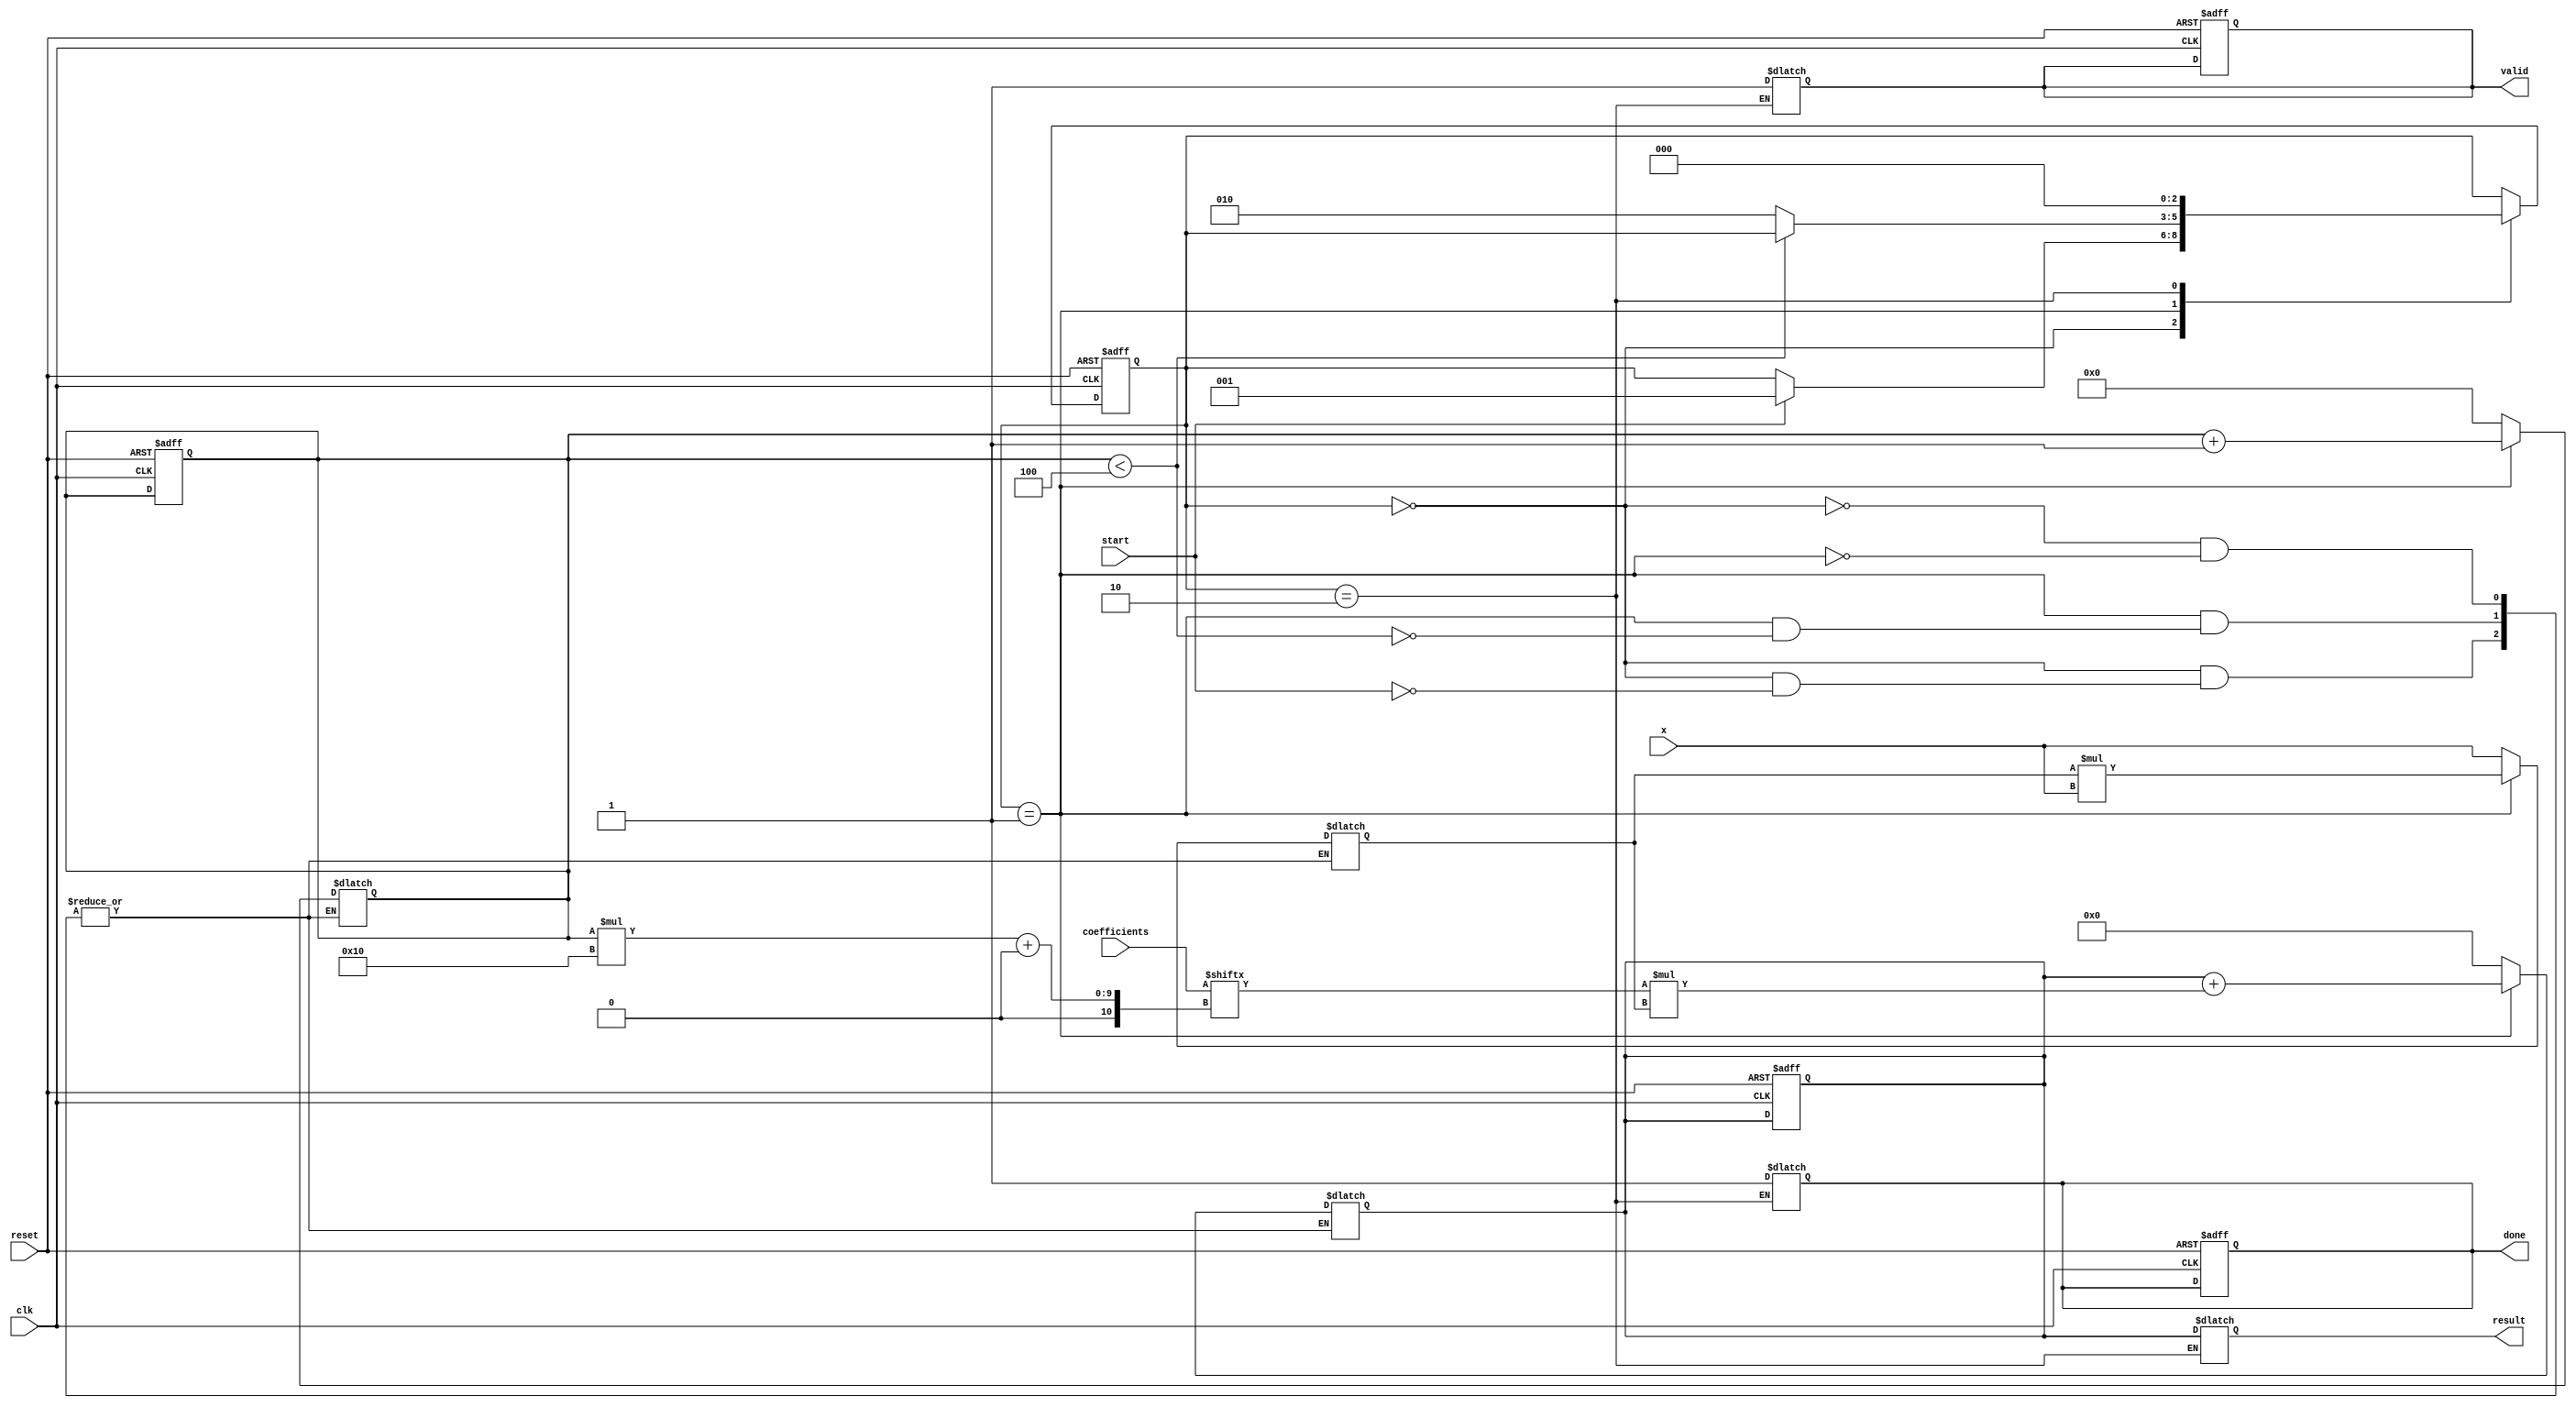
module cordic_polynomial_evaluator #(
    parameter COEFF_WIDTH = 16, // Width of coefficient representation
    parameter X_WIDTH = 16,      // Width of input x representation
    parameter RESULT_WIDTH = 32, // Width of result representation
    parameter N = 4              // Degree of polynomial (n)
)(
    input wire clk,
    input wire reset,
    input wire start,
    input wire [X_WIDTH-1:0] x,
    input wire [N*COEFF_WIDTH-1:0] coefficients, // Coefficients packed in a single vector
    output reg [RESULT_WIDTH-1:0] result,
    output reg valid,
    output reg done
);

    // Internal signals
    reg [RESULT_WIDTH-1:0] polynomial_sum;
    reg [X_WIDTH-1:0] x_power;
    reg [N-1:0] term_done;
    reg [2:0] state;
    reg [2:0] next_state;
    integer i;

    // State encoding
    localparam IDLE = 3'b000,
               COMPUTE = 3'b001,
               DONE = 3'b010;

    // FSM for control
    always @(posedge clk or posedge reset) begin
        if (reset) begin
            state <= IDLE;
            valid <= 0;
            done <= 0;
            polynomial_sum <= 0;
            term_done <= 0;
        end else begin
            state <= next_state;
        end
    end

    always @(*) begin
        next_state = state;
        case (state)
            IDLE: begin
                if (start) begin
                    polynomial_sum = 0;
                    x_power = x; // Start with x^1
                    term_done = 0;
                    next_state = COMPUTE;
                end
            end
            COMPUTE: begin
                if (term_done < N) begin
                    // Compute the term a_i * x^i
                    polynomial_sum = polynomial_sum + (coefficients[term_done * COEFF_WIDTH +: COEFF_WIDTH] * x_power);
                    // Update x_power for the next term
                    x_power = x_power * x; // x^i = x^(i-1) * x
                    term_done = term_done + 1;
                end else begin
                    next_state = DONE;
                end
            end
            DONE: begin
                result = polynomial_sum;
                valid = 1;
                done = 1;
                next_state = IDLE; // Go back to IDLE after done
            end
        endcase
    end

endmodule